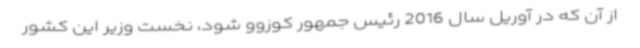
از آن که در آوریل سال 2016 رئیس جمهور کوزوو شود، نخست وزیر این کشور